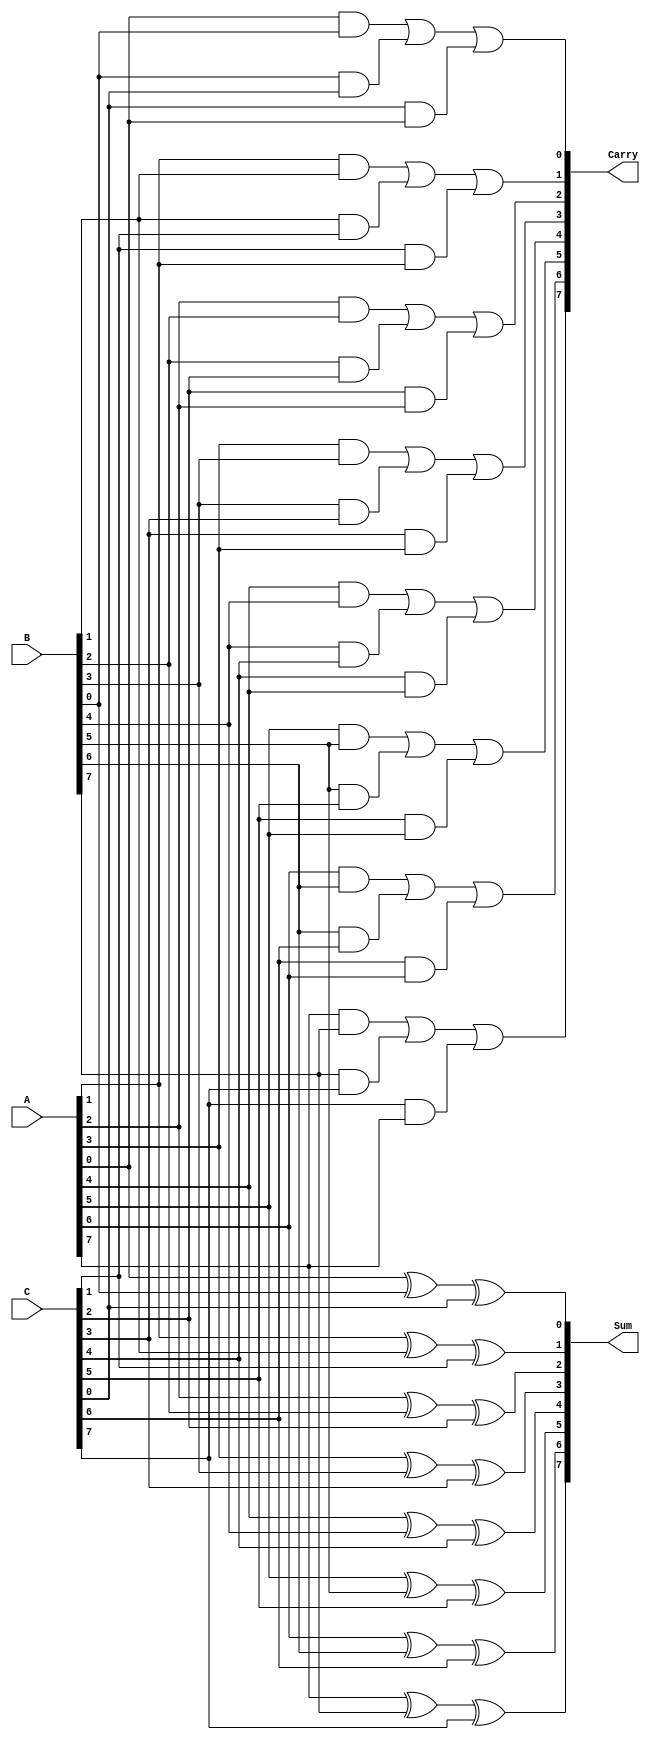
module ParallelCarrySaveAdder #(
    parameter n = 8 // Bit-width of the inputs
)(
    input  [n-1:0] A, // First input
    input  [n-1:0] B, // Second input
    input  [n-1:0] C, // Third input
    output [n-1:0] Sum, // Sum output
    output [n-1:0] Carry // Carry output
);

    // Generate the sum and carry outputs
    genvar i;
    generate
        for (i = 0; i < n; i = i + 1) begin : CSA
            // Compute the sum bit using XOR
            assign Sum[i] = A[i] ^ B[i] ^ C[i];
            
            // Compute the carry bit using AND and OR
            assign Carry[i] = (A[i] & B[i]) | (B[i] & C[i]) | (C[i] & A[i]);
        end
    endgenerate

endmodule